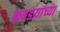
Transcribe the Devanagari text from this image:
कवडय़ांच्या